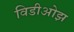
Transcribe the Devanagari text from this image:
विडीओझ